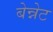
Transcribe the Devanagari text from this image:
बेन्नेट